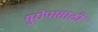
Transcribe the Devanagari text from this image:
युरोपासाठी